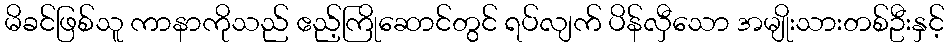
မိခင်ဖြစ်သူ ကာနာကိုသည် ဧည့်ကြိုဆောင်တွင် ရပ်လျက် ပိန်လှီသော အမျိုးသားတစ်ဦးနှင့်